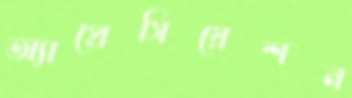
অ্যাপ্রেসিয়েশন